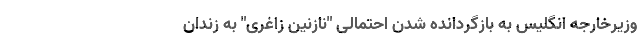
وزیرخارجه انگلیس به بازگردانده شدن احتمالی "نازنین زاغری" به زندان